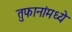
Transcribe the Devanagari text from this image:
तुफानांमध्ये